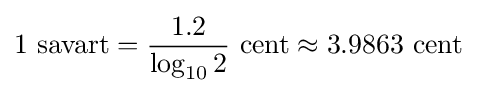
1\ \mathrm {savart} ={\frac {1.2}{\log _{10}{2}}}\ \mathrm {cent} \approx 3.9863\ \mathrm {cent}